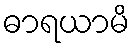
ဓာရယာမိ